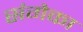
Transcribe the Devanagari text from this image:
संगेका